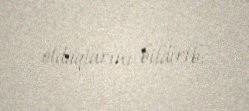
olduqlarını bildirib.